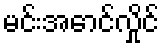
မင်းအောင်လှိုင်